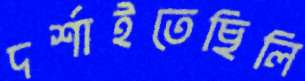
দর্শাইতেছিলি